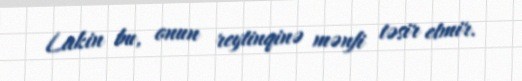
Lakin bu, onun reytinqinə mənfi təsir etmir.